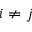
i \neq j